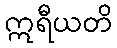
ဣရီယတိ